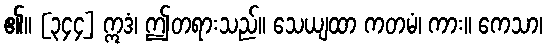
၏။ [၃၄၄] ဣဒံ၊ ဤတရားသည်။ သေယျထာ ကတမံ၊ ကား။ ကေသာ၊